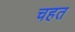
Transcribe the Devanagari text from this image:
चहत